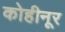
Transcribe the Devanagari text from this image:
कोहीनूर